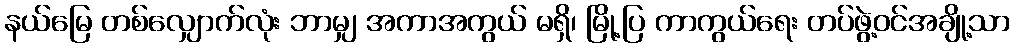
နယ်မြေ တစ်လျှောက်လုံး ဘာမျှ အကာအကွယ် မရှိ၊ မြို့ပြ ကာကွယ်ရေး တပ်ဖွဲ့ဝင်အချို့သာ